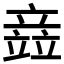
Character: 𫁪